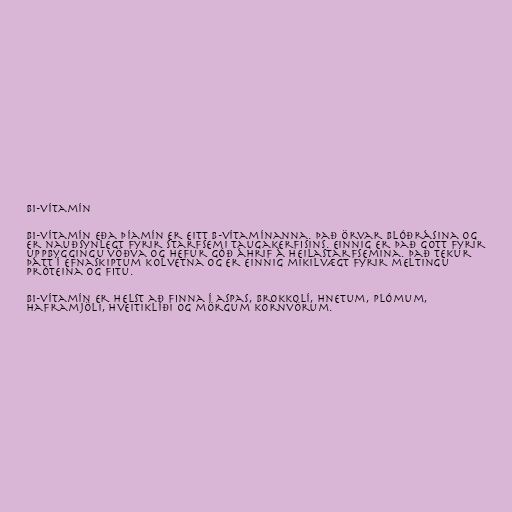
B1-vítamín

B1-vítamín eða þíamín er eitt B-vítamínanna. Það örvar blóðrásina og
er nauðsynlegt fyrir starfsemi taugakerfisins. Einnig er það gott fyrir
uppbyggingu vöðva og hefur góð áhrif á heilastarfsemina. Það tekur
þátt í efnaskiptum kolvetna og er einnig mikilvægt fyrir meltingu
próteina og fitu.

B1-vítamín er helst að finna í aspas, brokkolí, hnetum, plómum,
haframjöli, hveitiklíði og mörgum kornvörum.